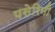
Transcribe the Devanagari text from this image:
पसेरिनी